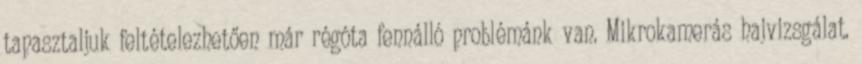
tapasztaljuk feltételezhetően már régóta fennálló problémánk van. Mikrokamerás hajvizsgálat.